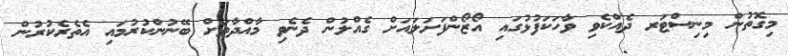
މިގޮތުން މިނިސްޓަރ ދެއްކެވި ވާހަކަފުޅުގައި އޯޒޯންފަށަލައަށް ގެއްލުން ދެނެވި މާއްދާތަށް ބޭނުންކުރުމައި އެތެރެކުރުން